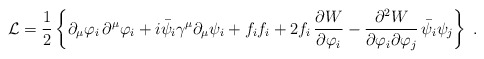
\begin{align*}{\cal L}=\frac{1}{2}\left\{ \partial _\mu\varphi_i\,\partial^\mu\varphi_i+i \bar \psi_i \gamma^\mu \partial_\mu \psi_i + f_i f_i +2 f_i\,\frac{\partial{ W}}{\partial \varphi_i} - \frac{\partial^2 {W}}{\partial\varphi_i \partial\varphi_j}\, \bar\psi_i\psi_j \right\}\;.\end{align*}